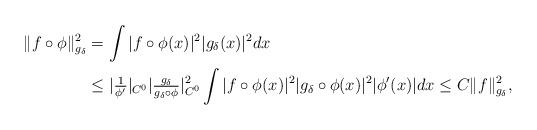
LaTeX: \begin{align*} \|f\circ \phi\|^2_{g_\delta} &= \int |f\circ \phi(x)|^2 |g_\delta(x)|^2 dx \\ & \leq |\tfrac{1}{\phi'}|_{C^0} |\tfrac{g_\delta}{g_\delta\circ \phi}|^2_{C^0} \int |f\circ \phi(x)|^2 |g_\delta\circ \phi(x)|^2 |\phi'(x)| dx\leq C \|f\|^2_{g_\delta},\end{align*}